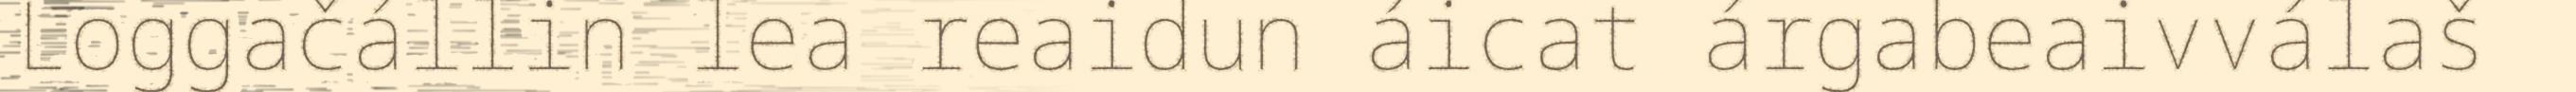
Loggačállin lea reaidun áicat árgabeaivválaš